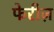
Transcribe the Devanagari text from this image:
फेरीज़